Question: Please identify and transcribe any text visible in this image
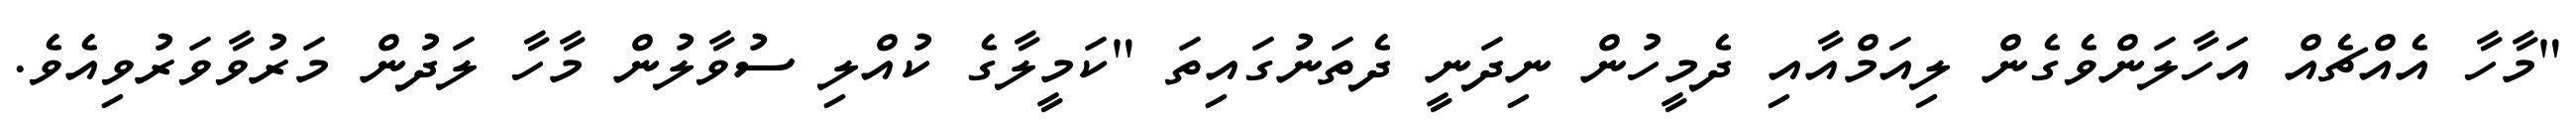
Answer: "މާހާ އެއްޗެއް އަހާލަންވެގެން ލިއަމްއާއި ދެމީހުން ނިދަނީ ދެތަނުގައިތަ "ކަމީލާގެ ކުއްލި ސުވާލުން މާހާ ލަދުން މަރުވާވަރުވިއެވެ.